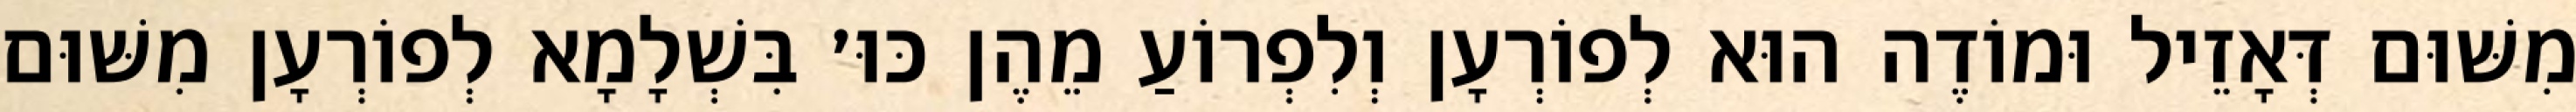
מִשּׁוּם דְּאָזֵיל וּמוֹדֶה הוּא לְפוֹרְעָן וְלִפְרוֹעַ מֵהֶן כּוּ׳ בִּשְׁלָמָא לְפוֹרְעָן מִשּׁוּם